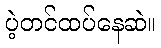
ပဲ့တင်ထပ်နေဆဲ။